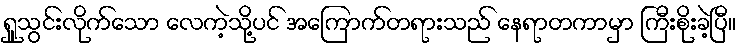
ရှူသွင်းလိုက်သော လေကဲ့သို့ပင် အကြောက်တရားသည် နေရာတကာမှာ ကြီးစိုးခဲ့ပြီ။